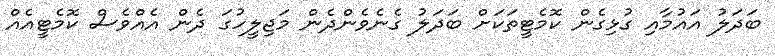
ބަދަލު އައުމާއި ގުޅިގެން ކޮމެޓީތަކަށް ބަދަލު ގެނެވެންދެން މަޖިލީހުގަ ދެން އެއްވެސް ކޮމެޓީއެއް